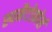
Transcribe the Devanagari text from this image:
स्पमैटोफ़ोर्स